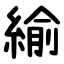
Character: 緰